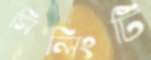
সিলিংটি